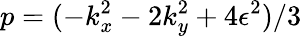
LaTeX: p=(-k_{x}^{2}-2k_{y}^{2}+4\epsilon^{2})/3